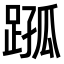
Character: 𨂗